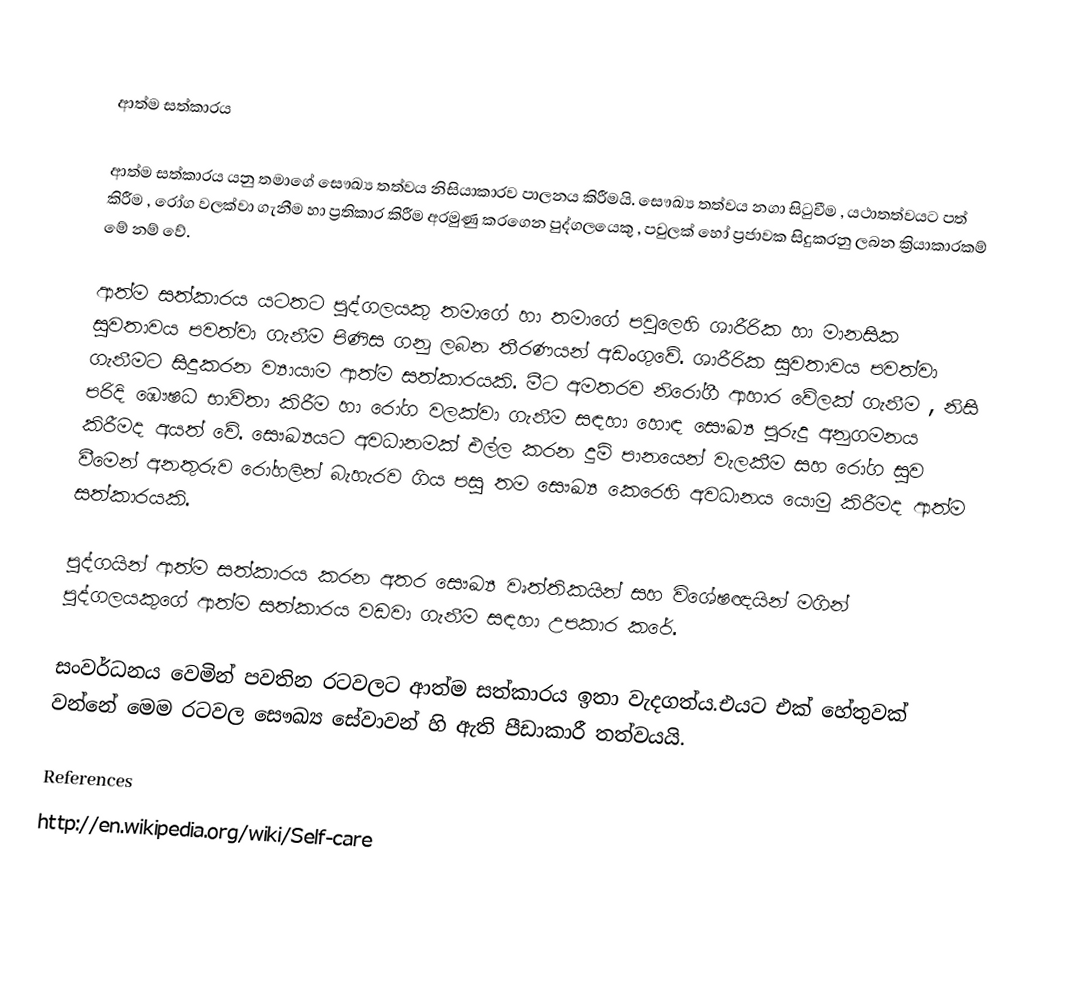

ආත්ම සත්කාරය

ආත්ම සත්කාරය යනු තමාගේ සෞඛ්‍ය තත්වය නිසියාකාරව පාලනය කිරීමයි. සෞඛ්‍ය තත්වය නගා සිටුවීම , යථාතත්වයට පත් කිරීම , රෝග වලක්වා ගැනීම හා ප්‍රතිකාර කිරීම අරමුණු කරගෙන පුද්ගල‍යෙකු , පවුලක් හෝ ප්‍රජාවක සිදුකරනු ලබන ක්‍රියාකාරකම් මේ නම් වේ.

ආත්ම සත්කාරය යටතට පුද්ගලයකු තමාගේ හා තමාගේ පවුලෙහි ශාරීරික හා මානසික සුවතාවය පවත්වා ගැනීම පිණිස ගනු ලබන තීරණයන් අඩංගුවේ. ශාරීරික සුවතාවය පවත්වා ගැනීමට සිදුකරන ව්‍යායාම ආත්ම සත්කාරයකි. මීට අමතරව නිරෝගී ආහාර වේලක් ගැනීම , නිසි පරිදි ‍ඹෞෂධ භාවිතා කිරීම හා රෝග වලක්වා ගැනීම සඳහා හොඳ සෞඛ්‍ය පුරුදු  අනුගමනය කිරීමද අයත් වේ. සෞඛ්‍යයට අවධානමක් එල්ල කරන දුම් පානයෙන් වැලකීම සහ රෝග සුව වීමෙන් අනතුරුව රෝහලින් බැහැරව ගිය පසු තම සෞඛ්‍ය කෙරෙහි අවධානය යොමු කිරීමද ආත්ම සත්කාරයකි.

පුද්ගයින් ආත්ම සත්කාරය කරන අතර සෞඛ්‍ය වෘත්තිකයින් සහ විශේෂඥයින් මගින් පුද්ගලයකුගේ ආත්ම සත්කාරය වඩවා ගැනීම සඳහා උපකාර කරේ.

සංවර්ධනය වෙමින් පවතින රටවලට ආත්ම සත්කාරය ඉතා වැදගත්ය.එයට එක් හේතුවක් වන්නේ මෙම රටවල  සෞඛ්‍ය සේවාවන් හි ඇති පීඩාකාරී තත්වයයි.

References
http://en.wikipedia.org/wiki/Self-care